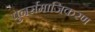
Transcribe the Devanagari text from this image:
पुनर्समाजिकरण